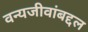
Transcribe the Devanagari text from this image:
वन्यजीवांबद्दल